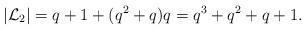
LaTeX: \begin{align*}|\mathcal{L}_2|=q+1+(q^2+q)q=q^3+q^2+q+1.\end{align*}